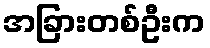
အခြားတစ်ဦးက